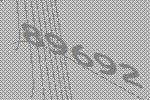
89692